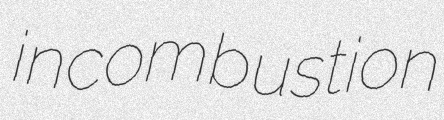
incombustion